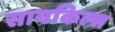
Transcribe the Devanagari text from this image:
सायकिल्स